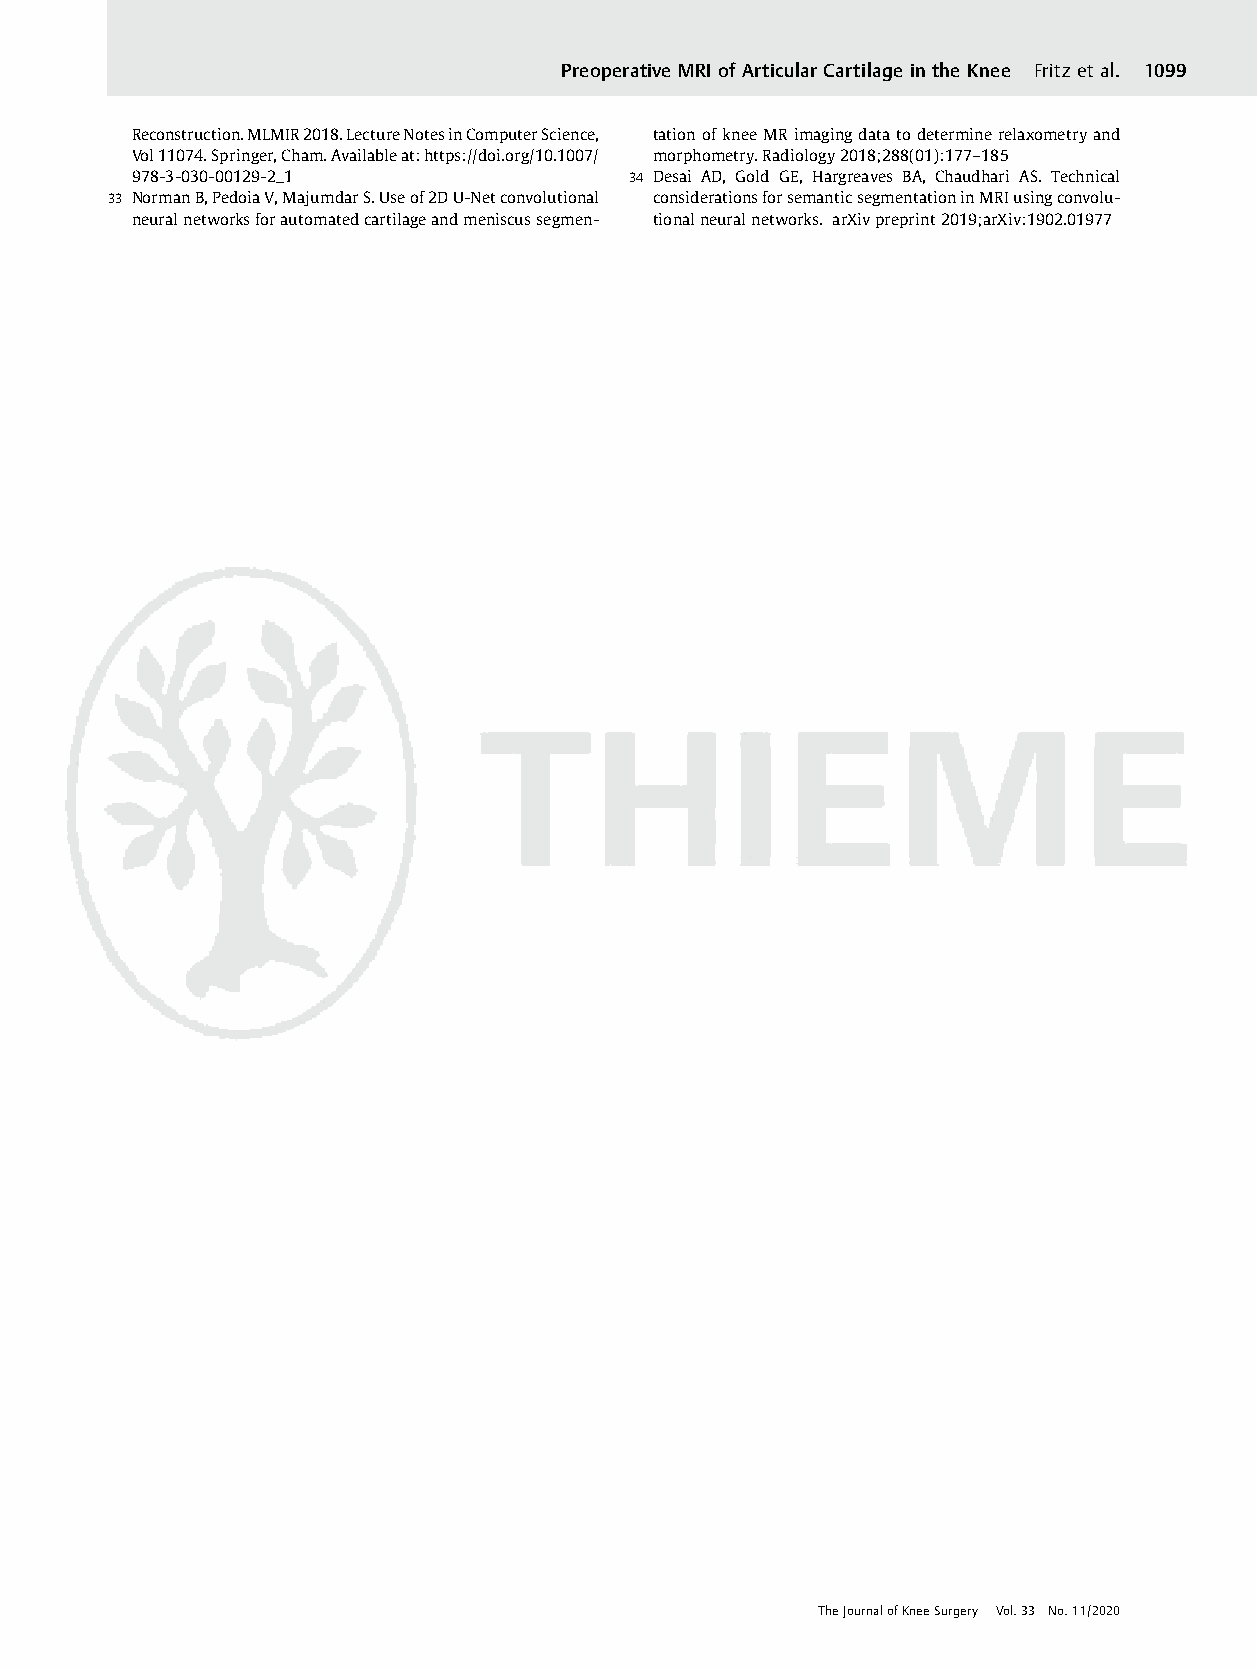
Preoperative MRI of Articular Cartilage in the Knee Fritzet al. 1099
 Reconstruction.MLMIR2018.LectureNotesinComputerScience, tationofkneeMRimagingdatatodeterminerelaxometryand
 Vol11074.Springer,Cham.Availableat:https://doi.org/10.1007/ morphometry.Radiology2018;288(01):177–185
 978-3-030-00129-2_1              34 Desai AD, Gold GE, Hargreaves BA, Chaudhari AS. Technical
 33 NormanB,PedoiaV,MajumdarS.Useof2DU-Netconvolutional considerationsforsemanticsegmentationinMRIusingconvolu-
 neuralnetworksforautomatedcartilageandmeniscussegmen- tionalneuralnetworks. arXivpreprint2019;arXiv:1902.01977
 TheJournalofKneeSurgery Vol.33 No.11/2020